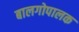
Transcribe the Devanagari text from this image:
बालगोपालक